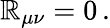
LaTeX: \mathbb{R}_{\mu\nu}=0\, .